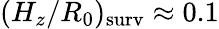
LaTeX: (H_{z}/R_{0})_{\mathrm{surv}}\approx 0.1